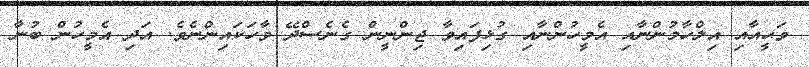
ވަޙީއާއި އިލްހާމުންނާއި އެމީހުންނާއި ގުޅިފައިވާ ޖިންނީން ގެނެސްދޭ ވާހަކައިންނެވެ. އަދި އެމީހުން ބުނާ